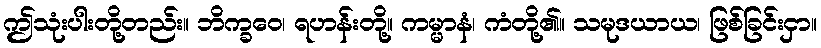
ဤသုံးပါးတို့တည်း။ ဘိက္ခဝေ၊ ရဟန်းတို့။ ကမ္မာနံ၊ ကံတို့၏။ သမုဒယာယ၊ ဖြစ်ခြင်းငှာ။